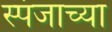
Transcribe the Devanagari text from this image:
स्पंजाच्या